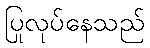
ပြုလုပ်နေသည်